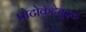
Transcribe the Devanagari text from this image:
प्रोटोकॅटेचुइक